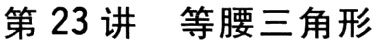
第 23 讲 等腰三角形